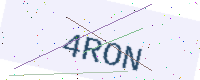
Text: 4RON